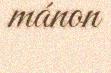
mánon